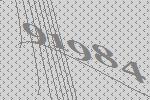
91984